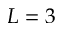
L = 3